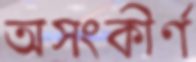
অসংকীর্ণ